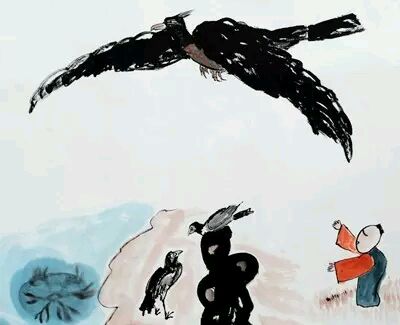
燕雀安知鸿鹄之志。